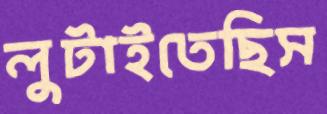
লুটাইতেছিস